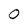
Character: O